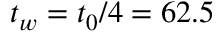
t _ { w } = t _ { 0 } / 4 = 6 2 . 5